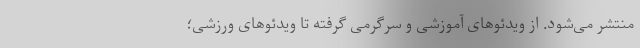
منتشر می‌شود. از ویدئو‌های آموزشی و سرگرمی گرفته تا ویدئو‌های ورزشی؛